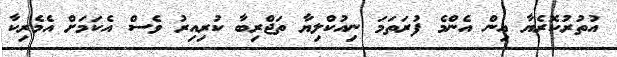
އުތުރުކޮރެޔާ އިން އެންމެ ފުރަތަމަ ނިއުކްލިޔާ ތަޖްރިބާ ކުރިއިރު ވެސް އެކަމަށް އެމެރިކާ